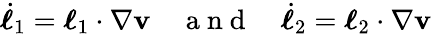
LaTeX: \begin{array}{r}{\dot{\boldsymbol{\ell}}_{1}=\boldsymbol{\ell}_{1}\cdot\nabla\mathbf{v}\quad\mathrm{~a~n~d~}\quad\dot{\boldsymbol{\ell}}_{2}=\boldsymbol{\ell}_{2}\cdot\nabla\mathbf{v}}\end{array}